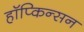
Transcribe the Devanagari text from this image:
हॉप्किन्सन